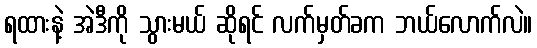
ရထားနဲ့ အဲဒီကို သွားမယ် ဆိုရင် လက်မှတ်ခက ဘယ်လောက်လဲ။